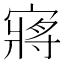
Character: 𫳻